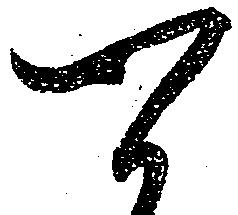
可